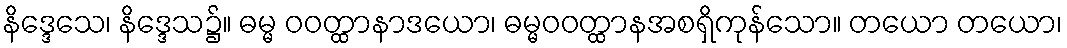
နိဒ္ဒေသေ၊ နိဒ္ဒေသ၌။ ဓမ္မ ဝဝတ္ထာနာဒယော၊ ဓမ္မဝဝတ္ထာနအစရှိကုန်သော။ တယော တယော၊